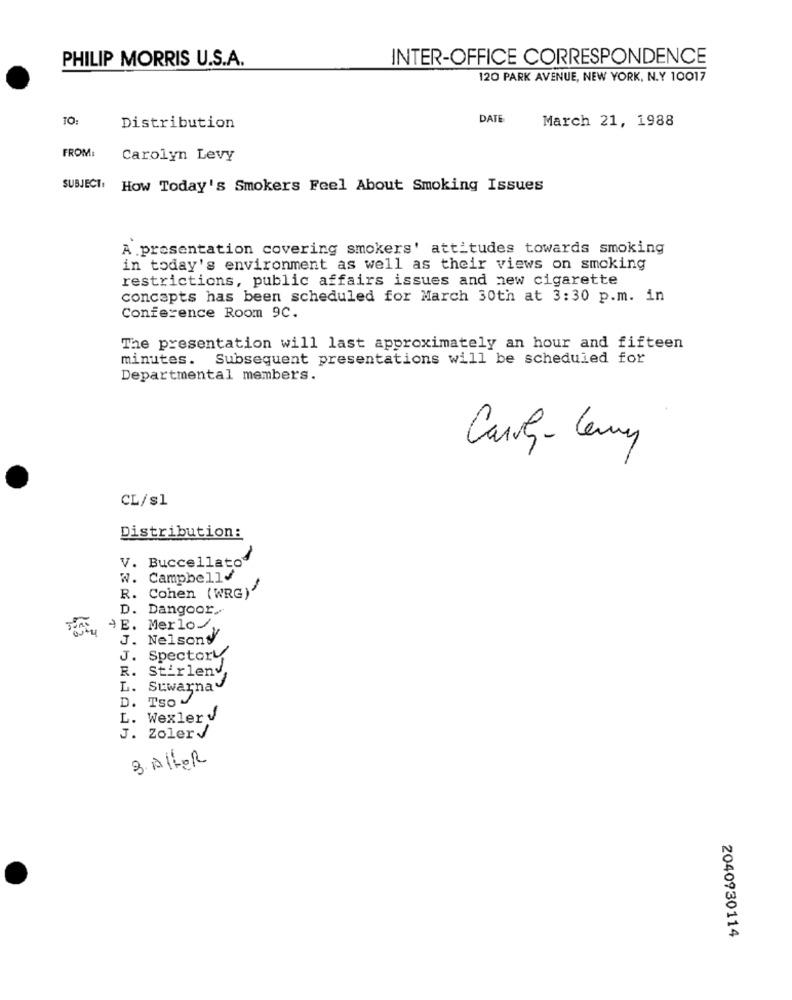
PHILIP MORRIS U.S.A.
INTER-OFFICE CORRESPONDENCE
120 PARK AVENUE, NEW YORK, N.Y 10017
TO:
DATE
March 21, 1988
Distribution
FROM:
Carolyn Levy
SUBJECT: How Today's Smokers Feel About Smoking Issues
A presentation covering smokers' attitudes towards smoking
in today's environment as well as their views on smoking
restrictions, public affairs issues and new cigarette
concepts has been scheduled for March 30th at 3:30 p.m. in
Conference Room 9C.
The presentation will last approximately an hour and fifteen
minutes. Subsequent presentations will be scheduled for
Departmental members.
Carry-Ceny
CL/s1
Distribution:
V. Buccellato
W. Campbell4
R. Cohen (WRG)"
D. Dangoor,
4E. Merlo/,
J. Nelsony
J.
Spectory
R.
Stirlenv,
L.
Suwarna
D.
Tso
L. Wexlery
J. Zolerd
3. AltER
2040930114